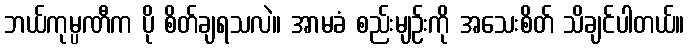
ဘယ်ကုမ္ပဏီက ပို စိတ်ချရသလဲ။ အာမခံ စည်းမျဉ်းကို အသေးစိတ် သိချင်ပါတယ်။